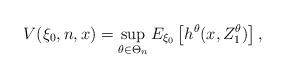
LaTeX: \begin{align*}V(\xi_0,n,x)= \sup_{\theta\in \Theta_n} E_{\xi_0}\left[h^\theta(x,Z_1^\theta)\right],\end{align*}